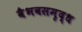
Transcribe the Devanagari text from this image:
वैभवसमृद्ध